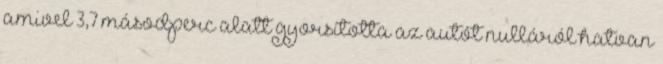
amivel 3,7 másodperc alatt gyorsította az autót nulláról hatvan